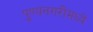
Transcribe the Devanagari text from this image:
पुण्यनगरीमध्ये